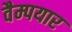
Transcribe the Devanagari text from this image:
वैम्पयार